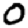
Digit: 0